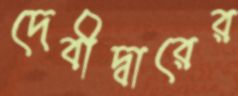
দেবীদ্বারের